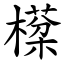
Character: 㯣